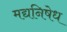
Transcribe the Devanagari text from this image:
मद्यनिषेध